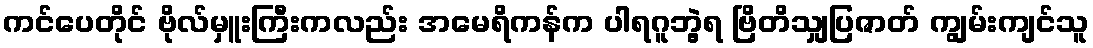
ကင်ပေတိုင် ဗိုလ်မှူးကြီးကလည်း အမေရိကန်က ပါရဂူဘွဲ့ရ ဗြိတိသျှပြဇာတ် ကျွမ်းကျင်သူ